Vaccination in the Punjab 1897-1904 - 1897-1904
Year: 1897
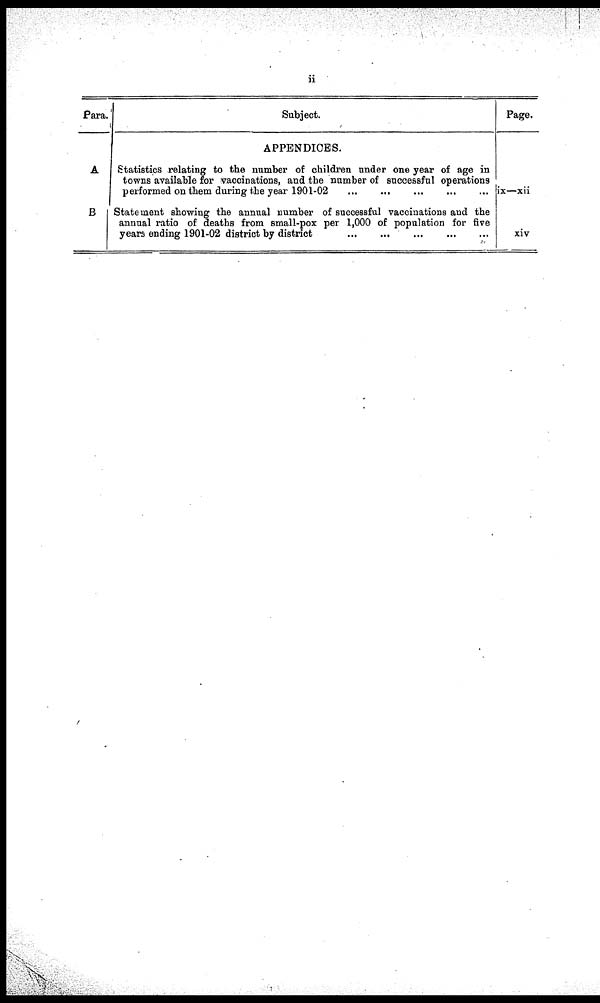
ii
Para.
A
B
Subject.
APPENDICES.
Statistics relating to the number of children under one year of age in
towns available for vaccinations, and the number of successful operations
performed on them during the year 1901-02
...
...
...
...
...
Statement showing the annual number of successful vaccinations and the
annual ratio of deaths from small-pox per 1,000 of population for five
years ending 1901-02 district by district
...
...
...
...
...
Page.
ix—xii
xiv